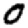
Digit: 0